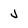
Character: j